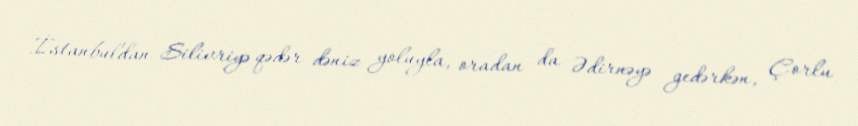
İstanbuldan Silivriyə qədər dəniz yoluyla, oradan da Ədirnəyə gedərkən, Çorlu